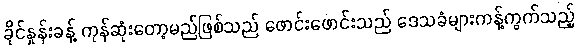
ခိုင်နှုန်းခန့် ကုန်ဆုံးတော့မည်ဖြစ်သည် ဖောင်းဖောင်းသည် ဒေသခံများကန့်ကွက်သည့်